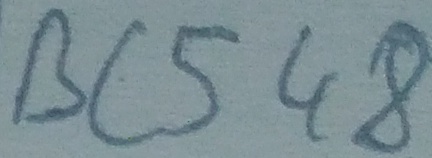
Text: BC548